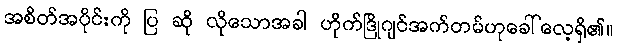
အစိတ်အပိုင်းကို ပြ ဆို လိုသောအခါ ဟိုက်ဒြိုဂျင်အက်တမ်ဟုခေါ်လေ့ရှိ၏။